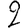
Digit: 2